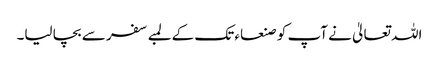
اللہ تعالیٰ نے آپ کو صنعاء تک کے لمبے سفر سے بچا لیا۔